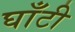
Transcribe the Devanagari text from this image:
घाँटी